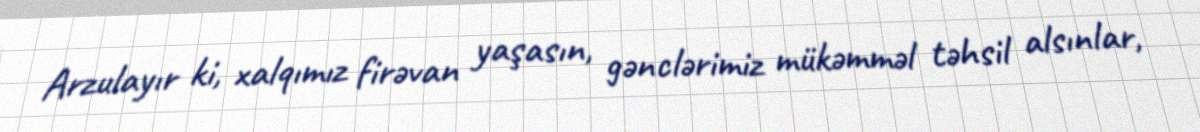
Arzulayır ki, xalqımız firəvan yaşasın, gənclərimiz mükəmməl təhsil alsınlar,